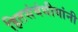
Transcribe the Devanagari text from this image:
हितसंबंधीयांनी